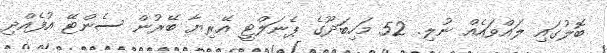
ބޮލުގައި ލައްވައެއް ނުލި. 52 މަހިބަދޫގެ ޕެނަލްޓީ އޭރިޔާ ބޭރުން ސެންޓޭ އުފެއްދި